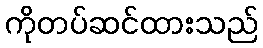
ကိုတပ်ဆင်ထားသည်